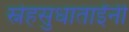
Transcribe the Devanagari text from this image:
स्नेहसुधाताईंनी